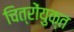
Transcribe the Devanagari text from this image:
चित्रोंयुक्त